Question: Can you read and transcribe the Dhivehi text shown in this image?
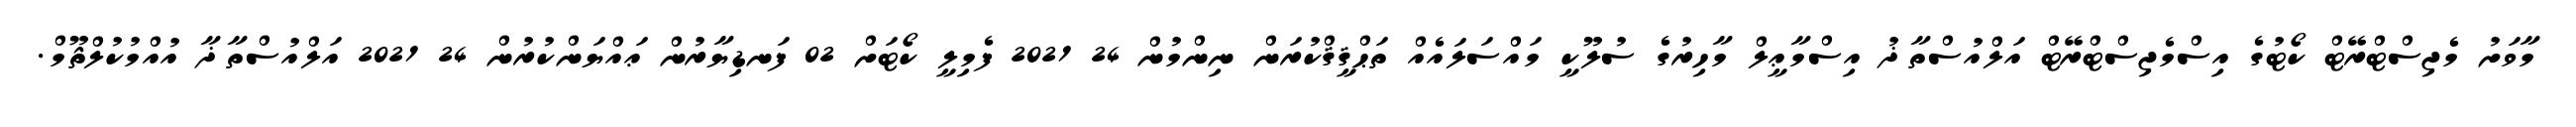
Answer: މާވަށު މެޖިސްޓްރޭޓް ކޯޓުގެ އިސްމެޖިސްޓްރޭޓް އަލްއުސްތާޛު އިސްމާޢީލް މާހިރުގެ ސުލޫކީ މައްސަލައެއް ތަޙްޤީޤްކުރަން ނިންމުން 24 2021 ފެމިލީ ކޯޓަށް 02 ފަނޑިޔާރުން ޢައްޔަންކުރުން 24 2021 އަލްއުސްތާޛާ އުއްމުކުލްޘޫމް.